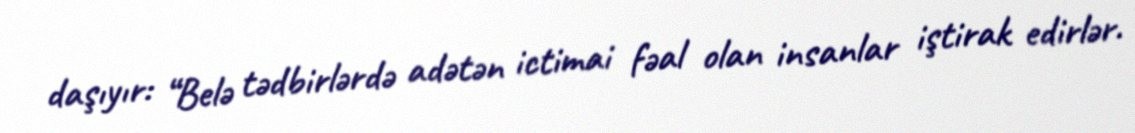
daşıyır: “Belə tədbirlərdə adətən ictimai fəal olan insanlar iştirak edirlər.